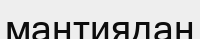
мантиядан